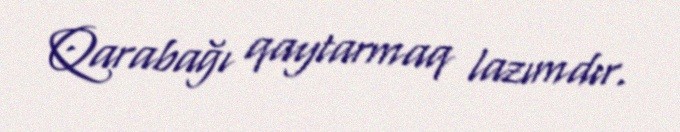
Qarabağı qaytarmaq lazımdır.